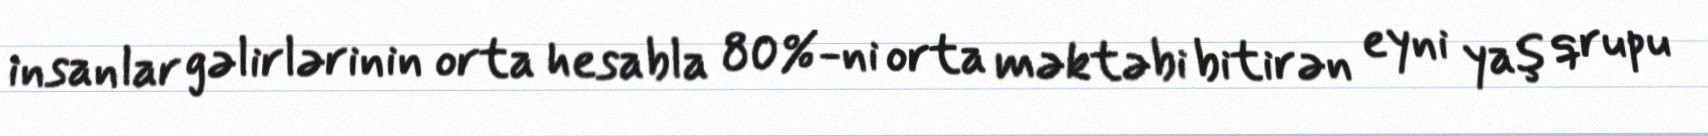
insanlar gəlirlərinin orta hesabla 80%-ni orta məktəbi bitirən eyni yaş qrupu